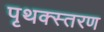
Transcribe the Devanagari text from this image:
पृथक्स्तरण